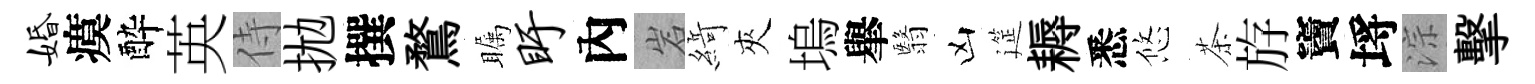
婚瘼酔英侍拋撰鶩瞩盱內岩𦂶夾塢𦦙翳凶筵耨悉悠茶斿竇埓淙擊